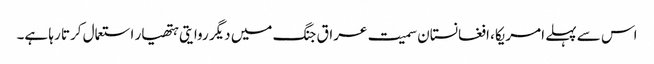
اس سے پہلے امریکا، افغانستان سمیت عراق جنگ میں دیگر روایتی ہتھیار استعمال کرتا رہا ہے۔